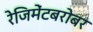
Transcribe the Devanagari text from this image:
रेजिमेंटबरोबर